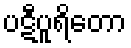
ပဋီပူရိတော